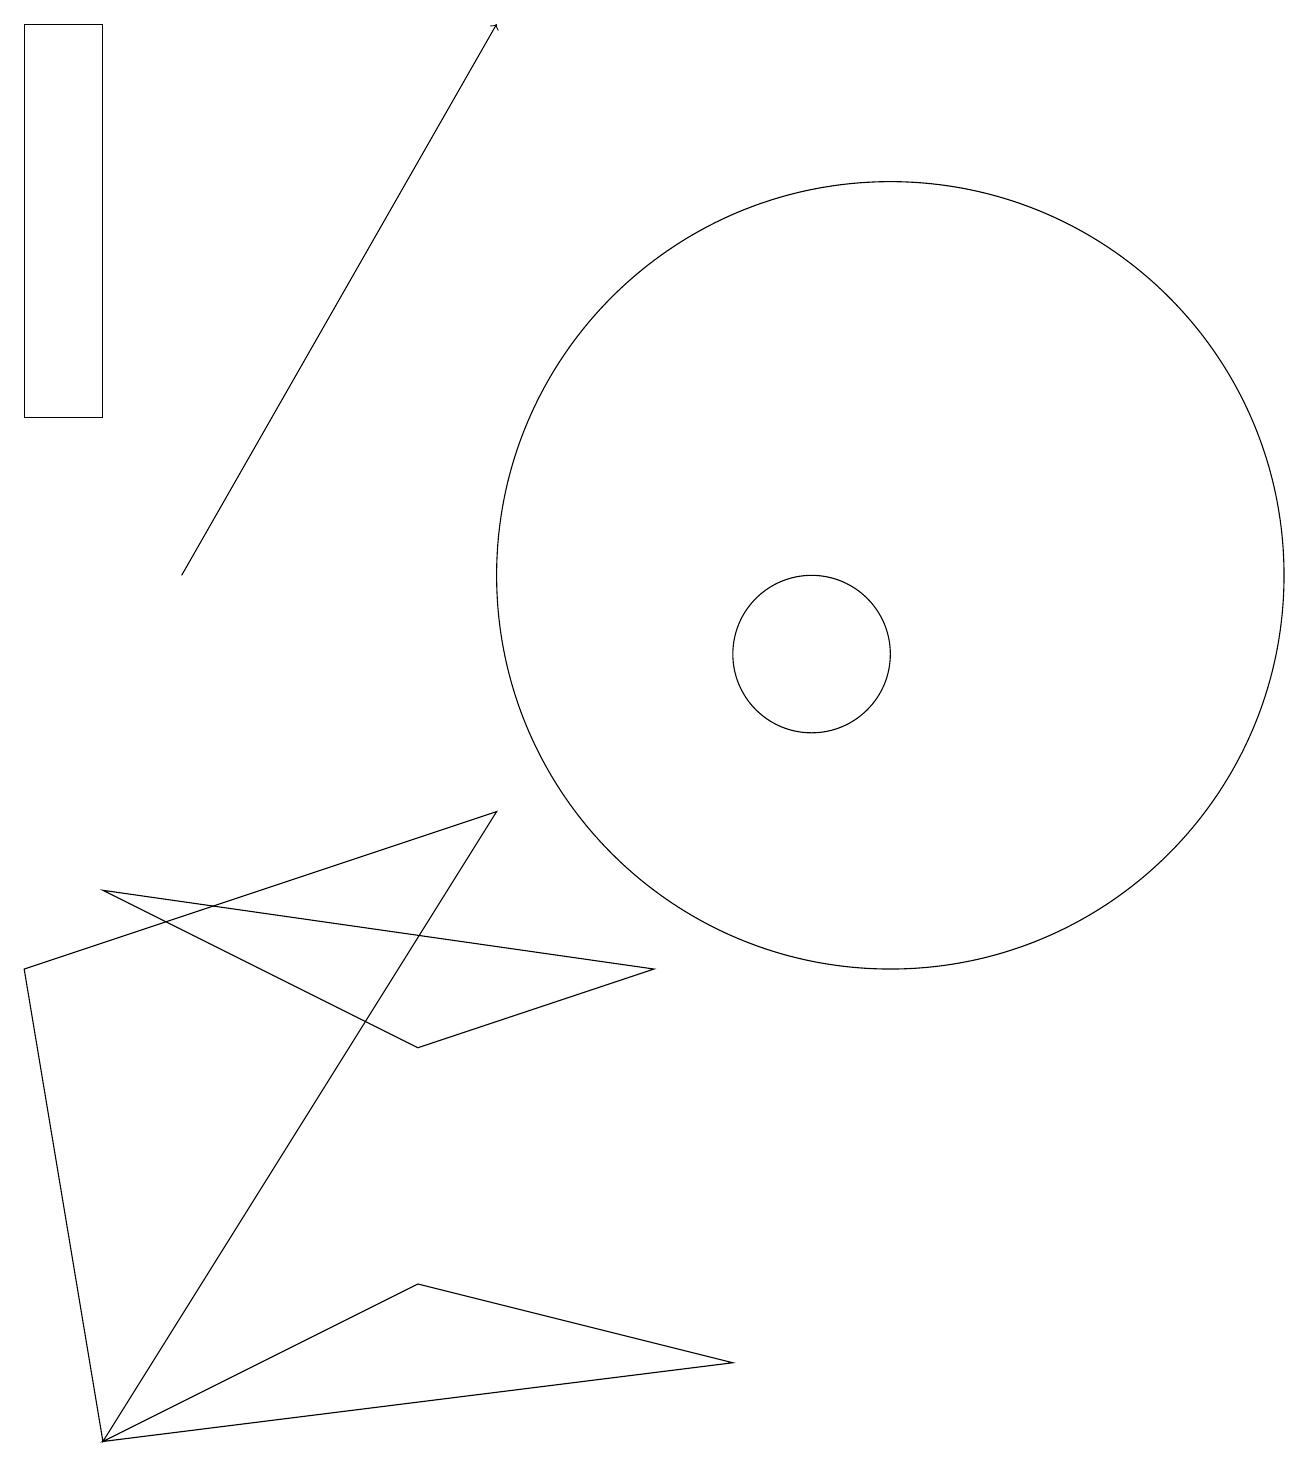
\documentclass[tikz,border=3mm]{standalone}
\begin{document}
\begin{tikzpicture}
\draw[->] (2,12) -- (6,19);
\draw (8,7) -- (1,8) -- (5,6) -- cycle;
\draw (10,11) circle (1);
\draw (11,12) circle (5);
\draw (1,1) -- (0,7) -- (6,9) -- cycle;
\draw (5,3) -- (1,1) -- (9,2) -- cycle;
\draw (1,14) rectangle (0,19);
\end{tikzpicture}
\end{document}